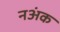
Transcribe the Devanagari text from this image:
नअंक